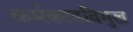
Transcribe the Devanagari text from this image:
कर्मकाडविमुख